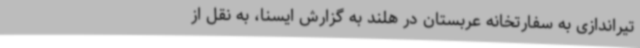
تیراندازی به سفارتخانه عربستان در هلند به گزارش ایسنا، به نقل از